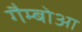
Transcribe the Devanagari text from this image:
गैम्बोआ